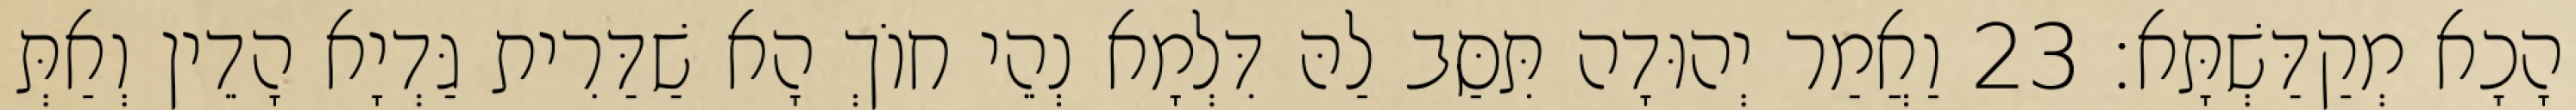
הָכָא מְקַדַּשְׁתָּא׃ 23 וַאֲמַר יְהוּדָה תִּסַּב לַהּ דִּלְמָא נְהֵי חוֹךְ הָא שַׁדַּרִית גַּדְיָא הָדֵין וְאַתְּ